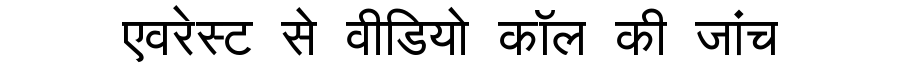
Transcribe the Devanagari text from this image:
एवरेस्ट से वीडियो कॉल की जांच